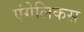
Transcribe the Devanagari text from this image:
एंगेलिकस